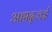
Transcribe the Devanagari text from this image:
अह्मद्जई